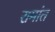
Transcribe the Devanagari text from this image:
रामांत